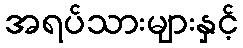
အရပ်သားများနှင့်